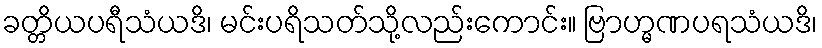
ခတ္တိယပရီသံယဒိ၊ မင်းပရိသတ်သို့လည်းကောင်း။ ဗြာဟ္မဏပရသံယဒိ၊